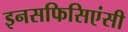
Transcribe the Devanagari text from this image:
इनसफिसिएंसी